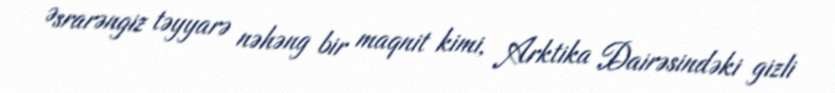
Əsrarəngiz təyyarə nəhəng bir maqnit kimi, Arktika Dairəsindəki gizli